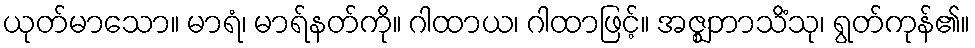
ယုတ်မာသော။ မာရံ၊ မာရ်နတ်ကို။ ဂါထာယ၊ ဂါထာဖြင့်။ အဇ္ဈဘာသိံသု၊ ရွတ်ကုန်၏။